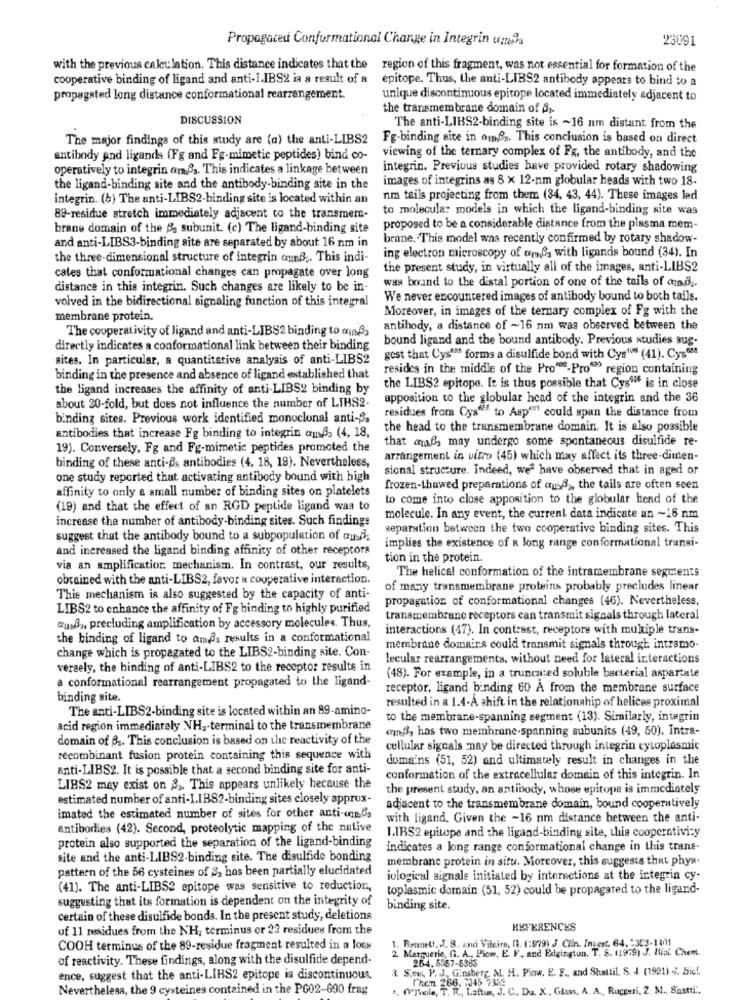
Propagacedi Conformational Change in Integrin uns
23091
with the previous calculation. This distance indicates that the region of this fragment, was not essential for formation of the
cooperative binding of ligand and anti-I.IBS2 ia a result of a epitope. Thus, the anti-LIBS2 antibody appears to bind to a
propagated long distance conformational rearrangement.
unique discontinuous epitope located immediately adjacent to
the transmembrane domain of By-
DISCUSSION
The anti-LIBS2-binding site is ~16 nm distant from the
The major findings of this study are (a) the anti-LIBS2
Fg-binding site in ainda. This conclusion is based on direct
antibody and ligands (Fg and Fg-mimetic peptides) bind co-
viewing of the ternary complex of Fg, the antibody, and the
operatively to integrin amBs. This indicates a linkage between
integrin. Previous studies have provided rotary shadowing
images of integrins as 8 x 12-nm globular heads with two 18-
the ligand-binding site and the antibody-binding site in the
integrin. (b) The anti-LIBS2-binding site is located within an
nm tails projecting from them (34, 43, 44). These images led
to molecula: models in which the ligand-binding site was
89-residue stretch immediately adjacent to the transmem-
brane domain of the 8, subunit. (c) The ligand-binding site
proposed to be a considerable distance from the plasma mem-
brane. This model was recently confirmed by rotary shadow-
and anti-LIBS3-binding site are separated by about 16 nm in
the three-dimensional structure of integrin comB .. This indi-
ing electron microscopy of amß, with ligands bound (34). In
the present study, in virtually all of the images, anti-LIBS2
cates that conformational changes can propagate over long
was bound to the distal portion of one of the tails of amd ..
distance in this integrin. Such changes are likely to be in-
volved in the bidirectional signaling function of this integral
We never encountered images of antibody bound to both tails.
Moreover, in images of the ternary complex of Fg with the
membrane protein.
The cooperativity of ligand and anti-LIBS2 binding to af
antibody, a distance of ~16 nm was observed between the
bound ligand and the bound antibody. Previous studies sug.
directly indicates a conformational link between their binding
sites. In particular, a quantitative analysis of anti-LIBS2
gest that Cys""" forms a disulfide bond with Cys" (41). Cys08
resides in the middle of the Pro"-Pro" region containing
binding in the presence and absence of ligand established that
the ligand increases the affinity of anti-LIBS2 binding by
the LIBS2 epitope. It is thus possible that Cysuff is in close
apposition to the globular head of the integrin and the 36
about 20-fold, but does not influence the number of LIBS2.
binding sites. Previous work identified monoclonal anti-S.
residues from Cys"" to Asp""" could span the distance from
the head to the transmembrane domain. It is also possible
antibodies that increase Fg binding to integrin amBs (4, 18,
that maßs may undergo some spontaneous disulfide re-
19). Conversely, Fg and Fg-mimetic peptides promoted the
arrangement in vitro (45) which may affect its three-dimen-
binding of these anti-Bs antibodies (4, 18, 19). Nevertheless,
sional structure. Indeed, we have observed that in aged or
one study reported that activating antibody bound with high
affinity to only a small number of binding sites on platelets
frozen-thawed preparations of ausd ,, the tails are often seen
to come into close apposition to the globular head of the
(19) and that the effect of an RGD peptide ligand was to
increase the number of antibody-binding sites. Such findings
molecule. In any event, the current data indicate an ~16 nm
separation between the two cooperative binding sites. This
suggest that the antibody bound to a subpopulation of ausf.
and increased the ligand binding affinity of other receptors
implies the existence of a long range conformational transi-
tion in the protein.
via an amplificatior. mechanism. In contrast, our results,
The helical conformation of the intramembrane segments
obtained with the anti-LIBS2, favor u cooperative interaction.
of many transmembrane proteins probably precludes linear
This mechanism is also suggested by the capacity of anti-
propagation of conformational changes (46). Nevertheless,
LIBS2 to enhance the affinity of Fg binding to highly purified
transmembrane receptors can transmit signals through lateral
aus, precluding amplification by accessory molecules. Thus,
interactions (47). In contrast, receptore with multiple trans-
the binding of ligand to amps results in a conformational
change which is propagated to the LIBS2-binding site. Con-
membrane domains could transmit signals through intramo-
lecular rearrangements, without need for lateral interactions
versely, the hinding of anti-LIBS2 to the receptor results in
a conformational rearrangement propagated to the ligand-
(48). For example, in a truncated soluble bacterial aspartate
receptor, ligand binding 60 A from the membrane surface
binding site.
The anti-LIBS2-binding site is located within an 89-amino-
resulted in a 1.4-A shift in the relationship of helicee proximal
to the membrane-spanning segment (13). Similarly, integrin
acid region immediately NH ,- terminal to the transmembrane
«mnB, has two membrane-spanning subunits (49, 50). Intra-
domain of B4. This conclusion is based on the reactivity of the
cellular signals may be directed through integrin cytoplasmic
recombinant fusion protein containing this sequence with
doma'ns (51, 52) and ultimately result in changes in the
anti-LIBS2. It is possible that a second binding site for anti-
conformation of the extracellular domain of this integrin. In
LIBS2 may exist on 3 ,. This appears unlikely because the
the present study, an antibody, whose epitope is immediately
estimated number of anti-LIB82-binding sites closely approx-
adjacent to the transmembrane domain, bound cooperatively
imated the estimated number of sites for other anti-onn'a
with ligand. Given the ~16 nm distance between the anti-
antibodies (42). Second, proteolytic mapping of the native
protein also supported the separation of the ligand-binding
LIBS2 epitope and the ligand-binding site, this cooperativizy
indicates a long range conformational change in this trans-
site and the anti-LIBS2-binding site. The disulfide bonding
membrane protein in situ. Moreover, this suggests that phys-
pattern of the 56 cysteines of 3, has been partially elucidated
iological signale initiated by interactions at the integrin cy-
(41). The anti-LIBS2 epitope was sensitive to reduction,
toplasmic domain (51, 52) could be propagated to the ligand-
suggesting that its formation is dependent on the integrity of
binding site.
certain of these disulfide bonds. In the present study, deletions
of 11 residues from the NH, terminus or 22 residues from the
REFERENCES
1. Bennett, J. S. and Vileire, G. (:979) J. Clin. Invest. 64. 353-1401
COOH terminus of the 89-residue fragment resulted in a loss
Marquerie, G. A ., Plom, E. F. and Edgington. T. S. (1979) J. Hisi. Chem.
of reactivity. These findings, along with the disulfide depend-
264.5167-6363
S.tv, P.J. Ginsberg, & H. Pinw. E. F ., and Shattil, S. A. (1991) .i. Sic !.
ence, suggest that the anti-LIBS2 epitope is discontinuous.
Then 266. 7345 7385
Nevertheless, the 9 cysteines contained in the PG02-690 frag
0 Pole, T. R ., Laftus, J. C ., Da, X, Glass, A. A ., Ruggeri, 2. M ., Sastti".